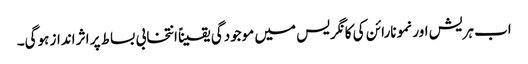
اب ہریش اور نمو نارائن کی کانگریس میں موجودگی یقیناً انتخابی بساط پر اثر انداز ہوگی۔